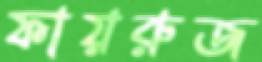
ফায়রুজ